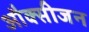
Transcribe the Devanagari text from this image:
औक्सीजन